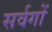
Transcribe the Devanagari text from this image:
सर्वगों